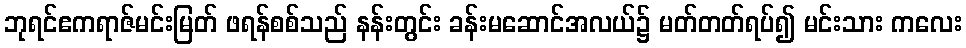
ဘုရင်ဧကရာဇ်မင်းမြတ် ဖရန်စစ်သည် နန်းတွင်း ခန်းမဆောင်အလယ်၌ မတ်တတ်ရပ်၍ မင်းသား ကလေး